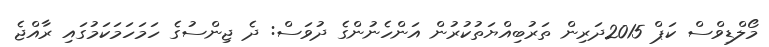
މޯލްޑިވްސް ކަޕް 2015ދަރިން ތަރުބިއްޔަތުކުރުން އަންހެނުންގެ ދުވަސް: ދެ ޖިންސުގެ ހަމަހަމަކަމުގައި ރާއްޖެ